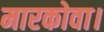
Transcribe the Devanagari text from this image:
मारकोवा।